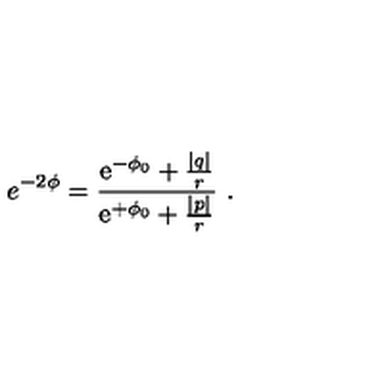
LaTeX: e ^ { - 2 \phi } = { \frac { { \mathrm { e } } ^ { - \phi _ { 0 } } + \frac { | q | } { r } } { { \mathrm { e } } ^ { + \phi _ { 0 } } + \frac { | p | } { r } } } \ .